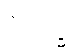
ဝိသုဒ္ဓိ